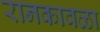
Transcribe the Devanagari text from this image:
रानकावळा